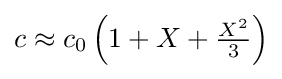
{\textstyle c\approx c_{0}\left(1+X+{\frac {X^{2}}{3}}\right)}